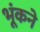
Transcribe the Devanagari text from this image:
भूंकने